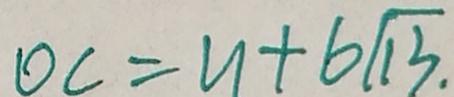
o c = u + 6 \sqrt { 1 3 } .